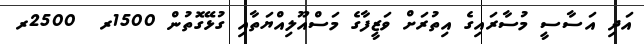
އަދި އަސާސީ މުސާރައިގެ އިތުރަށް ވަޒީފާގެ މަސްއޫލިއްޔަތާއި ގުޅޭގޮތުން 1500ރ  2500ރ